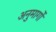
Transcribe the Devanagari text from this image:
अनुमार्गों